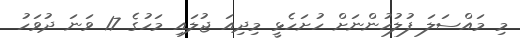
މި މައްސަލަ ފުލުހުންނަށް ހުށަހެޅީ މިދިއަ ޖުލައި މަހުގެ 17 ވަނަ ދުވަހު